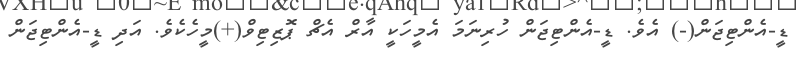
ޑީ-އެންޓިޖަން(-) އެވެ. ޑީ-އެންޓިޖަން ހުރިނަމަ އެމީހަކީ އާރް އެޗް ޕޮޒިޓިވް(+)މީހެކެވެ. އަދި ޑީ-އެންޓިޖަން